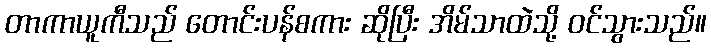
တာကာယူကီသည် တောင်းပန်စကား ဆိုပြီး အိမ်သာထဲသို့ ဝင်သွားသည်။